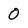
Character: 0